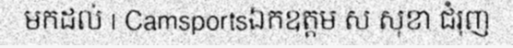
មកដល់ | Camsportsឯកឧត្តម ស សុខា ជំរុញ